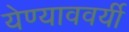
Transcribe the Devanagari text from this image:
येण्याववर्यी